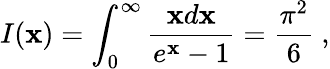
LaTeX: I(\mathbf{x})=\int_{0}^{\infty}\frac{{\mathbf{x}d\mathbf{x}}}{{e^{\mathbf{x}}-1}}=\frac{{\pi^{2}}}{{6}}~,